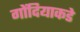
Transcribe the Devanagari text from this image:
गोंदियाकडे